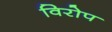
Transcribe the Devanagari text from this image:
विरोप